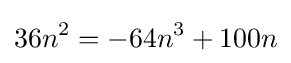
36n^{2}=-64n^{3}+100n